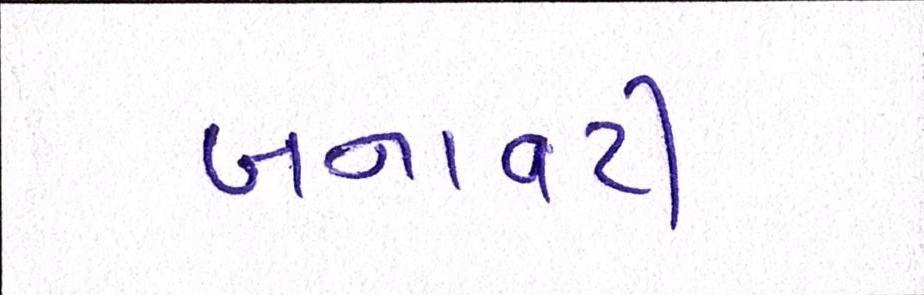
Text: બનાવટી